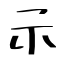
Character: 示